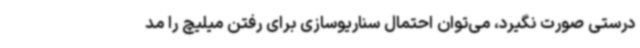
درستی صورت نگیرد، می‌توان احتمال سناریوسازی برای رفتن میلیچ را مد